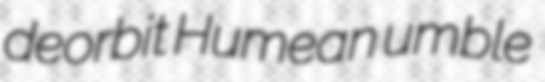
deorbit Humean umble